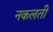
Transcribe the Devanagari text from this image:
नकलती